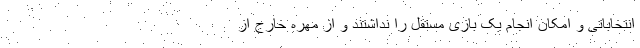
انتخاباتی و امکان انجام یک بازی مستقل را نداشتند و از مهره خارج از